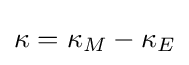
\kappa =\kappa _{M}-\kappa _{E}